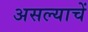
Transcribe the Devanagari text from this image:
असल्याचें